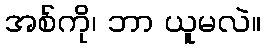
အစ်ကို၊ ဘာ ယူမလဲ။